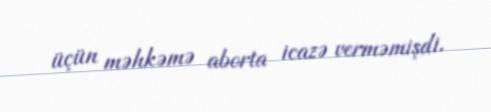
üçün məhkəmə aborta icazə verməmişdi.